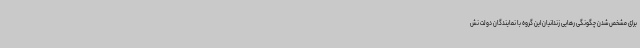
برای مشخص شدن چگونگی رهایی زندانیان این گروه با نمایندگان دولت نش